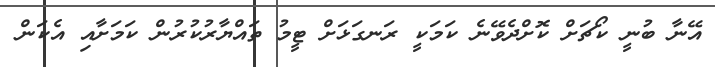
އޭނާ ބުނީ ކޯޗަށް ކޮށްދެވޭނެ ކަމަކީ ރަނގަޅަށް ޓީމު ތައްޔާރުކުރުން ކަމަށާއި އެކަން